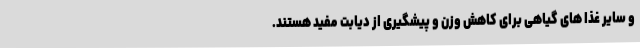
و سایر غذا های گیاهی برای کاهش وزن و پیشگیری از دیابت مفید هستند.